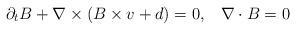
LaTeX: \begin{align*}\partial_{t}B + \nabla\times\left(B\times v + d\right)=0,\;\;\;\nabla\cdot B=0\end{align*}